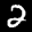
Label: 2